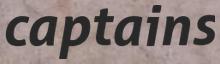
captains